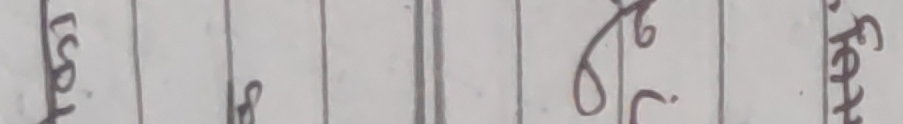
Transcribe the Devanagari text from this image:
हरी र्षि